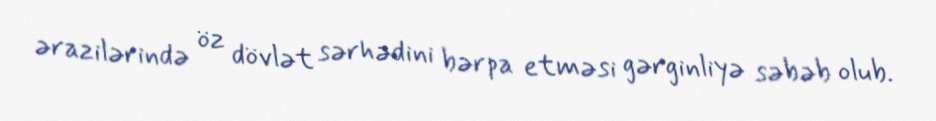
ərazilərində öz dövlət sərhədini bərpa etməsi gərginliyə səbəb olub.